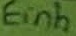
Text: Einh.